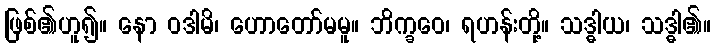
ဖြစ်၏ဟူ၍။ နော ဝဒါမိ၊ ဟောတော်မမူ။ ဘိက္ခဝေ၊ ရဟန်းတို့။ သဒ္ဓါယ၊ သဒ္ဓါ၏။